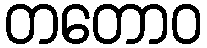
တတောဝ